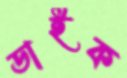
ডাইক